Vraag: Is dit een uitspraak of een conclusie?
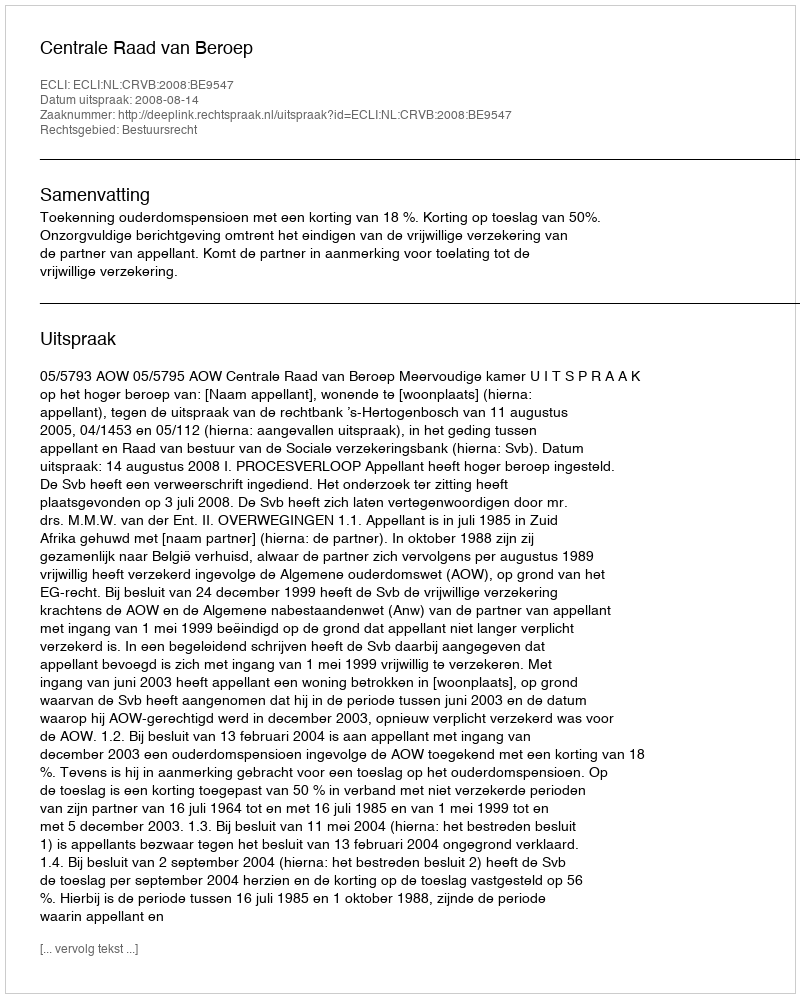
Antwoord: Uitspraak